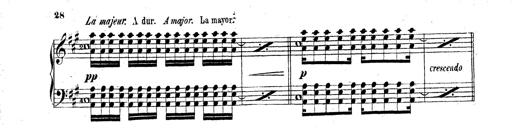
Title: Technische Studien
Composer: Franz Liszt